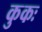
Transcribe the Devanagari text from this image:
कुकः